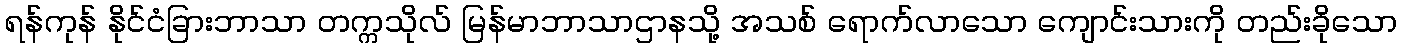
ရန်ကုန် နိုင်ငံခြားဘာသာ တက္ကသိုလ် မြန်မာဘာသာဌာနသို့ အသစ် ရောက်လာသော ကျောင်းသားကို တည်းခိုသော